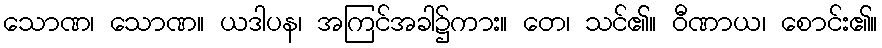
သောဏ၊ သောဏ။ ယဒါပန၊ အကြင်အခါ၌ကား။ တေ၊ သင်၏။ ဝီဏာယ၊ စောင်း၏။